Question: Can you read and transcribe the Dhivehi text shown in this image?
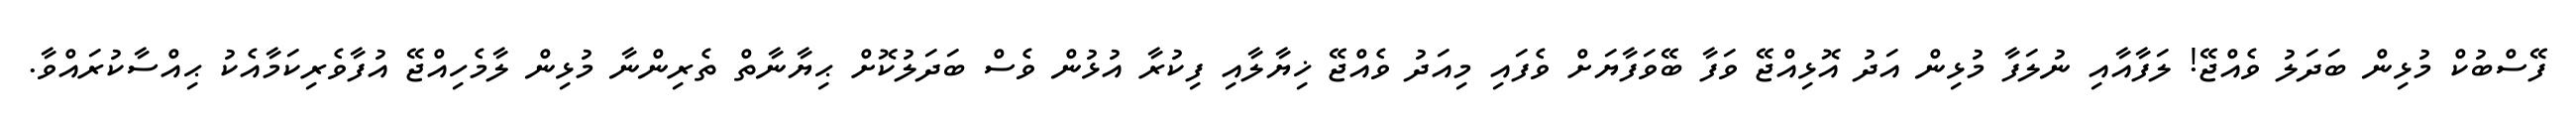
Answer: ފޭސްބުކް މުޅިން ބަދަލު ވެއްޖޭ! ލަފާއާއި ނުލަފާ މުޅިން އަދު އޮޅިއްޖޭ ވަފާ ބޭވަފާޔަށް ވެފައި މިއަދު ވެއްޖޭ ޚިޔާލާއި ފިކުރާ އުޅުން ވެސް ބަދަލުކޮށް ޙިޔާނާތް ތެރިންނާ މުޅިން ލާމެހިއްޖޭ އުފާވެރިކަމާއެކު ޙިއްސާކުރައްވާ.